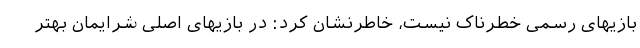
بازیهای رسمی خطرناک نیست، خاطرنشان کرد: در بازیهای اصلی شرایمان بهتر